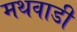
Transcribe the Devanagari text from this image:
मथवाडी